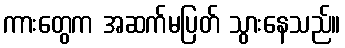
ကားတွေက အဆက်မပြတ် သွားနေသည်။